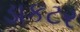
ડાકટર